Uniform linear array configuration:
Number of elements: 64
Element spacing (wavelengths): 0.5
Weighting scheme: cosine
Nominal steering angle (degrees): -15
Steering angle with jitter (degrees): -14.701
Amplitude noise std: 0.05
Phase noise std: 0.05

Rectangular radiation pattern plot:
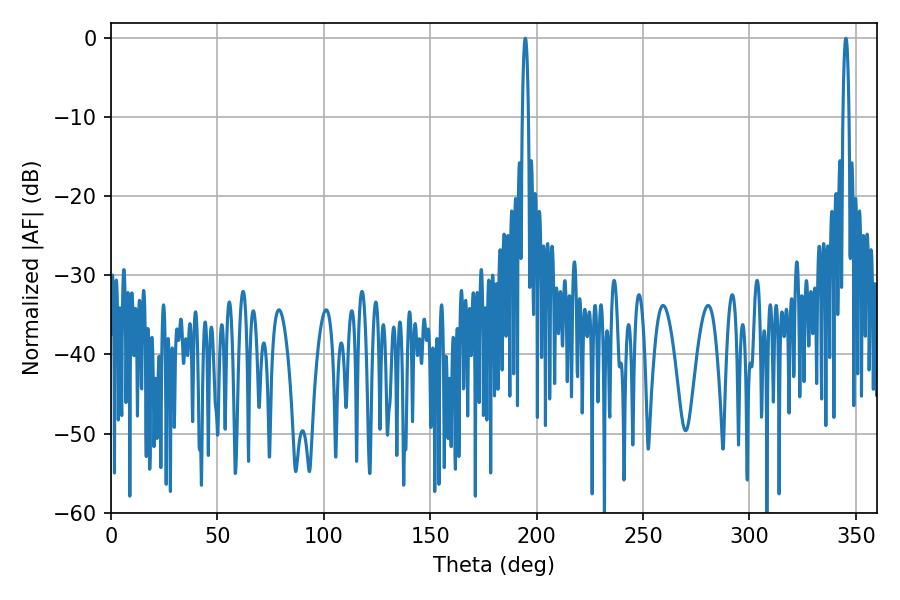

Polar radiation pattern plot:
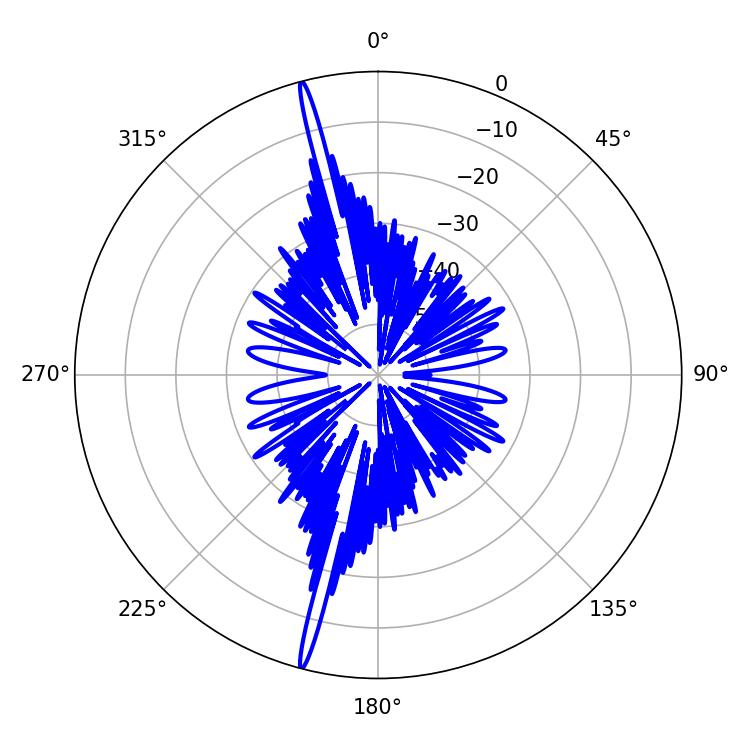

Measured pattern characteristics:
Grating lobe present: FALSE
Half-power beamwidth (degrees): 1.62
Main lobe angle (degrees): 345.24